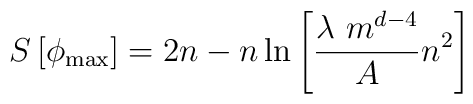
S  \left[ \phi_{{\rm max}} \right] = 2 n - n \ln{ \left[  {\lambda \  m^{d-4} \over A}  n^2 \right]  }